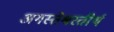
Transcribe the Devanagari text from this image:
अगस्तेश्वरतीर्थ